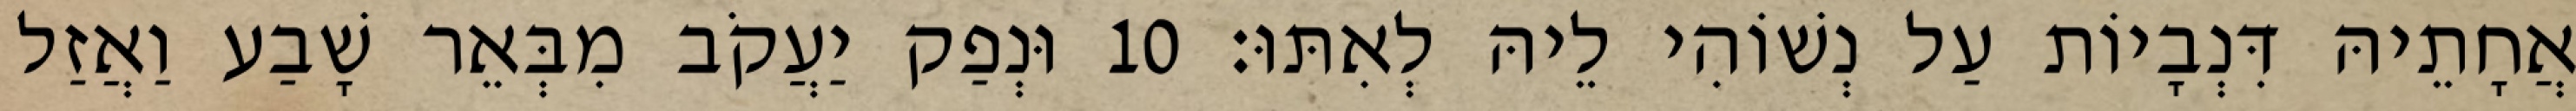
אֲחָתֵיהּ דִּנְבָיוֹת עַל נְשׁוֹהִי לֵיהּ לְאִתּוּ׃ 10 וּנְפַק יַעֲקֹב מִבְּאֵר שָׁבַע וַאֲזַל